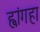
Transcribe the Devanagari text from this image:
ह्वांगहा